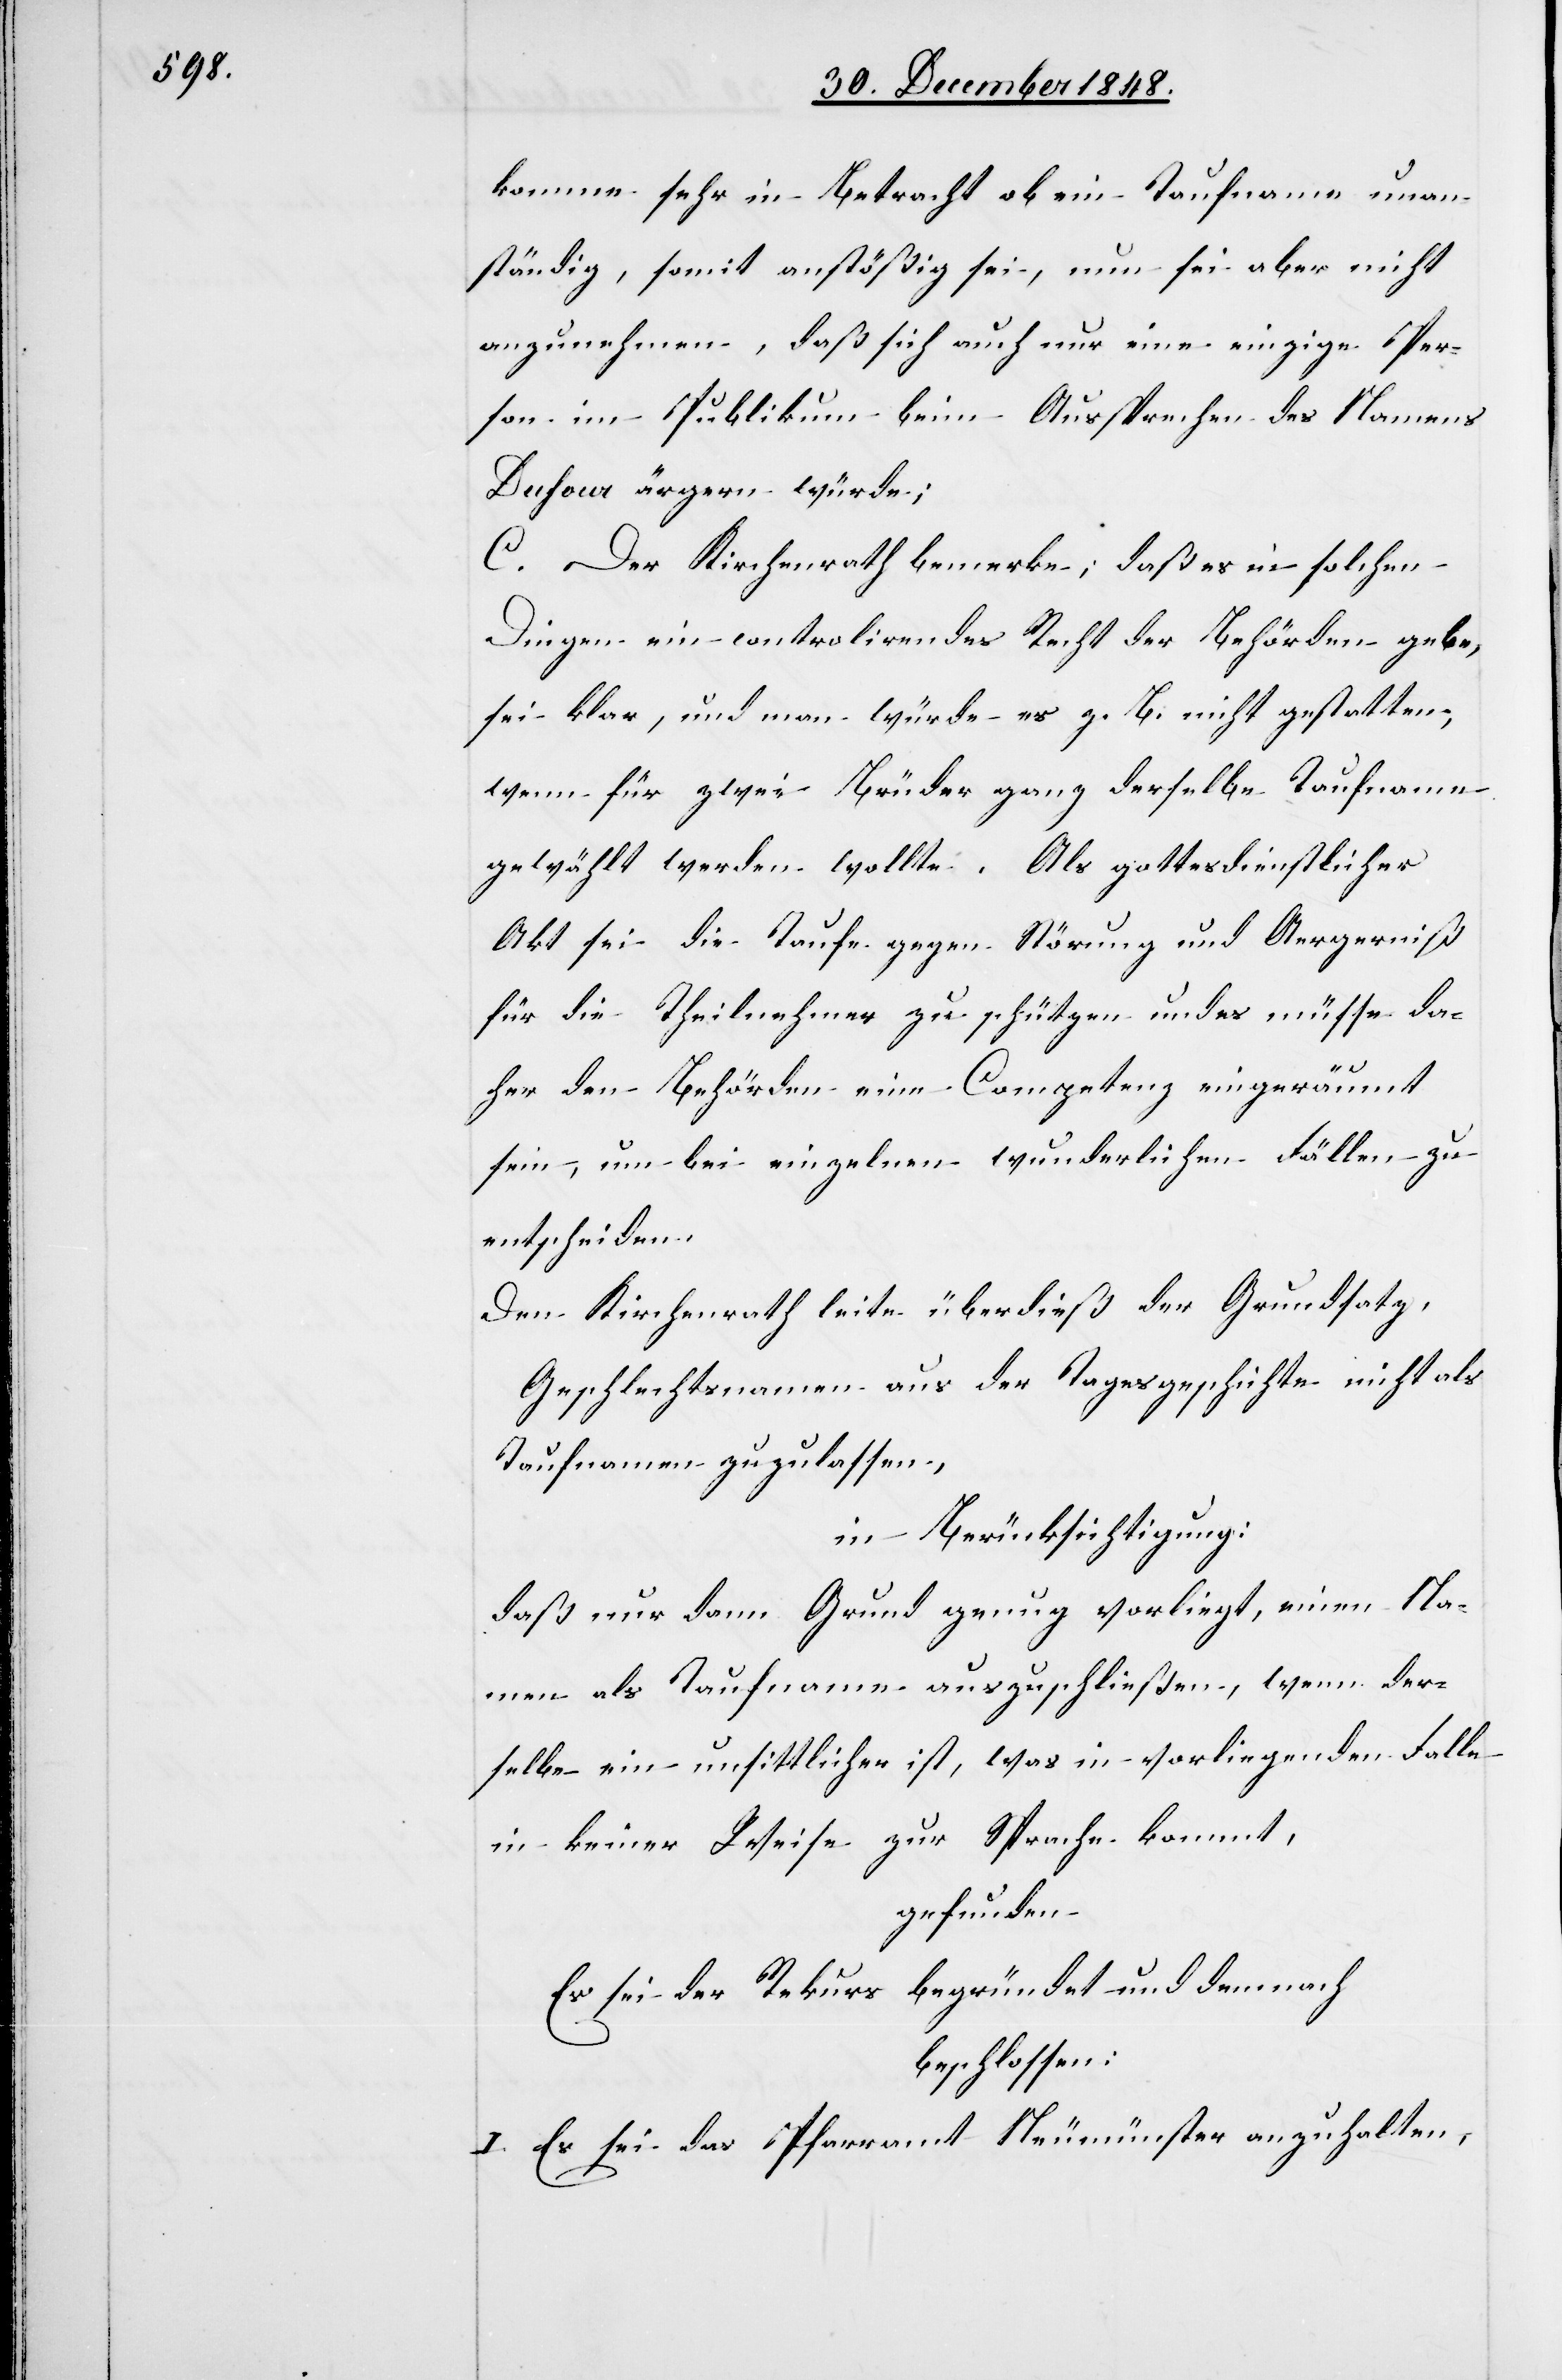
komme sehr in Betracht ob ein Taufname unan¬
ständig, somit anstößig sei, nun sei aber nicht
anzunehmen, daß sich auch nur eine einzige Per¬
son im Publikum beim Aussprechen des Namens
Dufour ärgern würde;
C. Der Kirchenrath bemerke; daß es in solchen
Dingen ein controlirendes Recht der Behörden gebe,
sei klar, und man würde es z. B. nicht gestatten,
wenn für zwei Brüder ganz derselbe Taufname
gewählt werden wollte. Als gottesdienstlicher
Akt sei die Taufe gegen Störung und Aergerniß
für die Theilnehmer zu schützen und es müsse da¬
her den Behörden eine Competenz eingeräumt
sein, um bei einzelnen wunderlichen Fällen zu
entscheiden.
Den Kirchenrath leite überdieß der Grundsatz,
Geschlechtsnamen aus der Tagesgeschichte nicht als
Taufnamen zuzulassen,
in Berücksichtigung:
Daß nur dann Grund genug vorliegt, einen Na¬
men als Taufname auszuschließen, wenn der¬
selbe ein unsittlicher ist, was in vorliegenden Falle
in keiner Weise zur Sprache kommt,
gefunden
Es sei der Rekurs begründet und demnach
beschlossen:
I. Es sei das Pfarramt Neumünster anzuhalten,